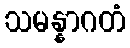
သမန္နာဂတံ